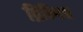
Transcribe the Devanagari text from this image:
ब्रिन्गिन